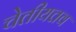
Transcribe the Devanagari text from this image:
चेतीयत्तव